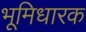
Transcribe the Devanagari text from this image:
भूमिधारक